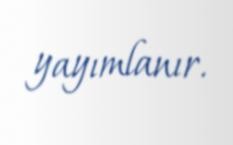
yayımlanır.